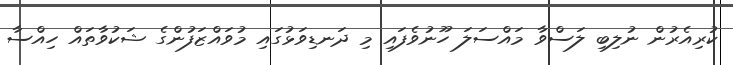
ކުރިއެރުން ނުލިބި ލަސްވާ މައްސަލަ ހޫނުވެފައި މި ދަނޑިވަޅުގައި މުވައްޒަފުންގެ ޝަކުވާތައް ހިއްސާ